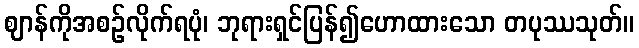
ဈာန်ကိုအစဉ်လိုက်ရပုံ၊ ဘုရားရှင်ပြန်၍ဟောထားသော တပုဿသုတ်။